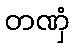
တဏှံ